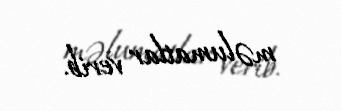
məlumatlar verib.